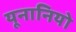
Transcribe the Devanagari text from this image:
यूनानियो